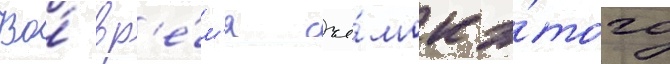
Во́ вр'е́м'я съё́мок э́того